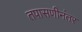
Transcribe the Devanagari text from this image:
तपासणीनंतर